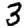
Digit: 3